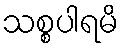
သစ္စပါရမိ